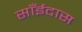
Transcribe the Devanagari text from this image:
साँईदास